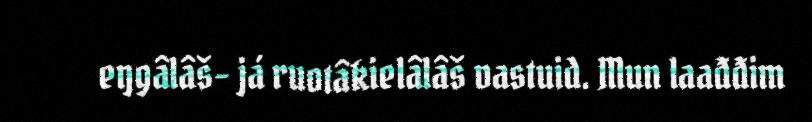
eŋgâlâš- já ruotâkielâlâš vastuid. Mun laađđim